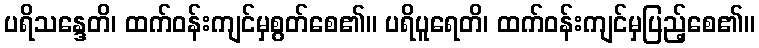
ပရိသန္ဒေတိ၊ ထက်ဝန်းကျင်မှစွတ်စေ၏။ ပရိပူရေတိ၊ ထက်ဝန်းကျင်မှပြည့်စေ၏။